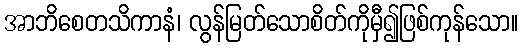
အာဘိစေတသိကာနံ၊ လွန်မြတ်သောစိတ်ကိုမှီ၍ဖြစ်ကုန်သော။